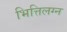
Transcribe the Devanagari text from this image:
भित्तिलग्न